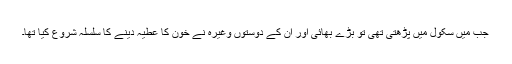
جب میں سکول میں پڑھتی تھی تو بڑے بھائی اور ان کے دوستوں وغیرہ نے خون کا عطیہ دینے کا سلسلہ شروع کیا تھا۔